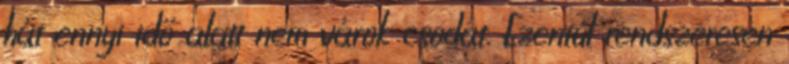
hát ennyi idő alatt nem várok csodát. Ezentúl rendszeresen